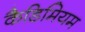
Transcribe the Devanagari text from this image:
कैडिमियम